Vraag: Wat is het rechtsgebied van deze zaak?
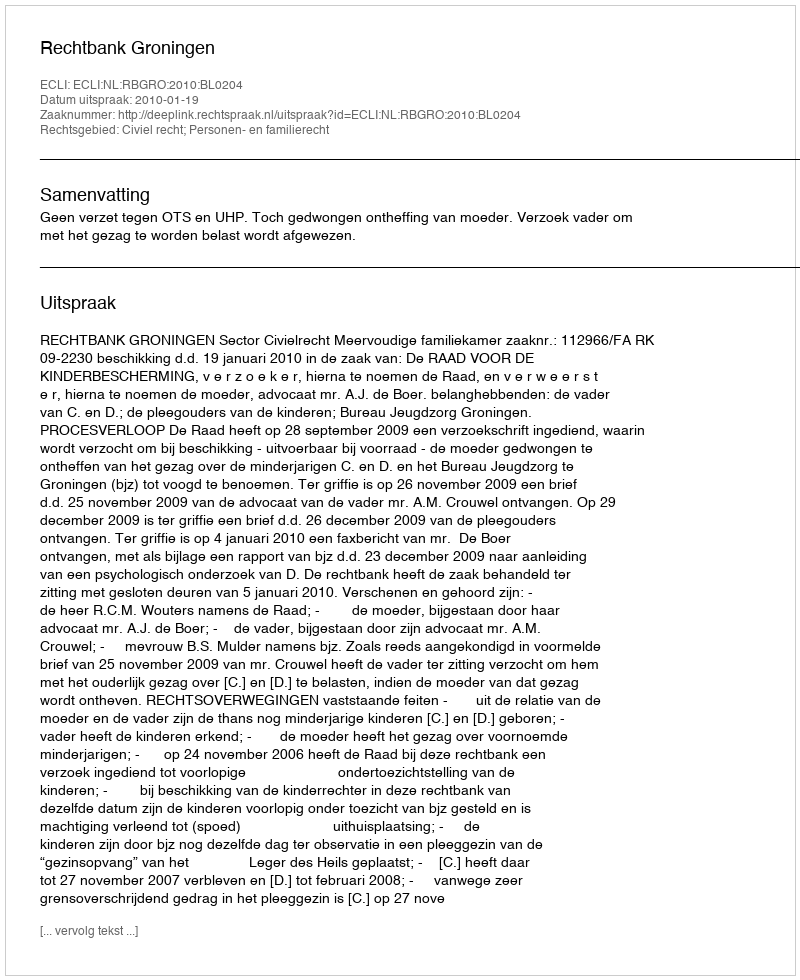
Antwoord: Civiel recht; Personen- en familierecht